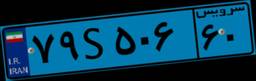
۶۶S۳۶۵۲۲